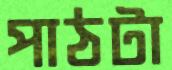
পাঠটা